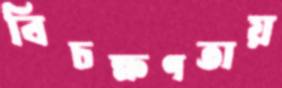
বিচক্ষণতায়